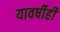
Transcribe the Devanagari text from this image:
यावर्षीही